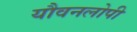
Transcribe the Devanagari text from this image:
यौवनलोपी